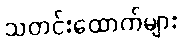
သတင်းထောက်များ